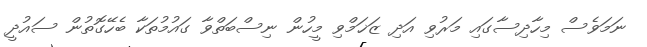
ނަމަވެސް މިހާދިސާގައި މަރުވި އަދި ޒަޚަމްވި މީހުން ނިސްބަތްވާ ގައުމުތަކާ ބެހޭގޮތުން ސައުދީ